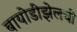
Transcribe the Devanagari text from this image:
बायोडीझेलची